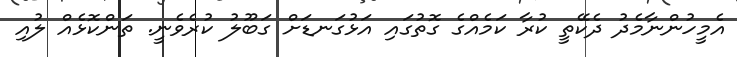
އެމީހުންނާމެދު ދެކޭތީ ކުރާ ކަމެއްގެ ގޮތުގައި އަޅުގަނޑަށް ގަބޫލު ކުރެވެނީ. ތަންކޮޅެއް ލުއި